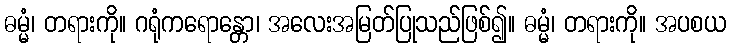
ဓမ္မံ၊ တရားကို။ ဂရုံကရောန္တော၊ အလေးအမြတ်ပြုသည်ဖြစ်၍။ ဓမ္မံ၊ တရားကို။ အပစယ